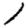
Digit: 1